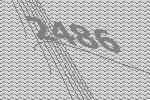
2486